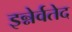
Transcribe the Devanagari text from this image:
इन्नेर्वतेद